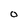
Character: o